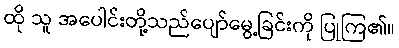
ထို သူ အပေါင်းတို့သည်ပျော်မွေ့ခြင်းကို ပြုကြ၏။